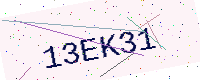
Text: 13EK31